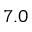
7 . 0